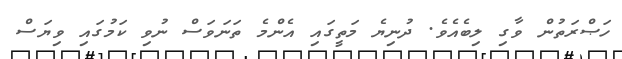
ހަޞްރަތުން ވާގި ލިބެއެވެ. ދުނިޔެ މަތީގައި އެންމެ ތަނަވަސް ނުވި ކަމުގައި ވިޔަސް